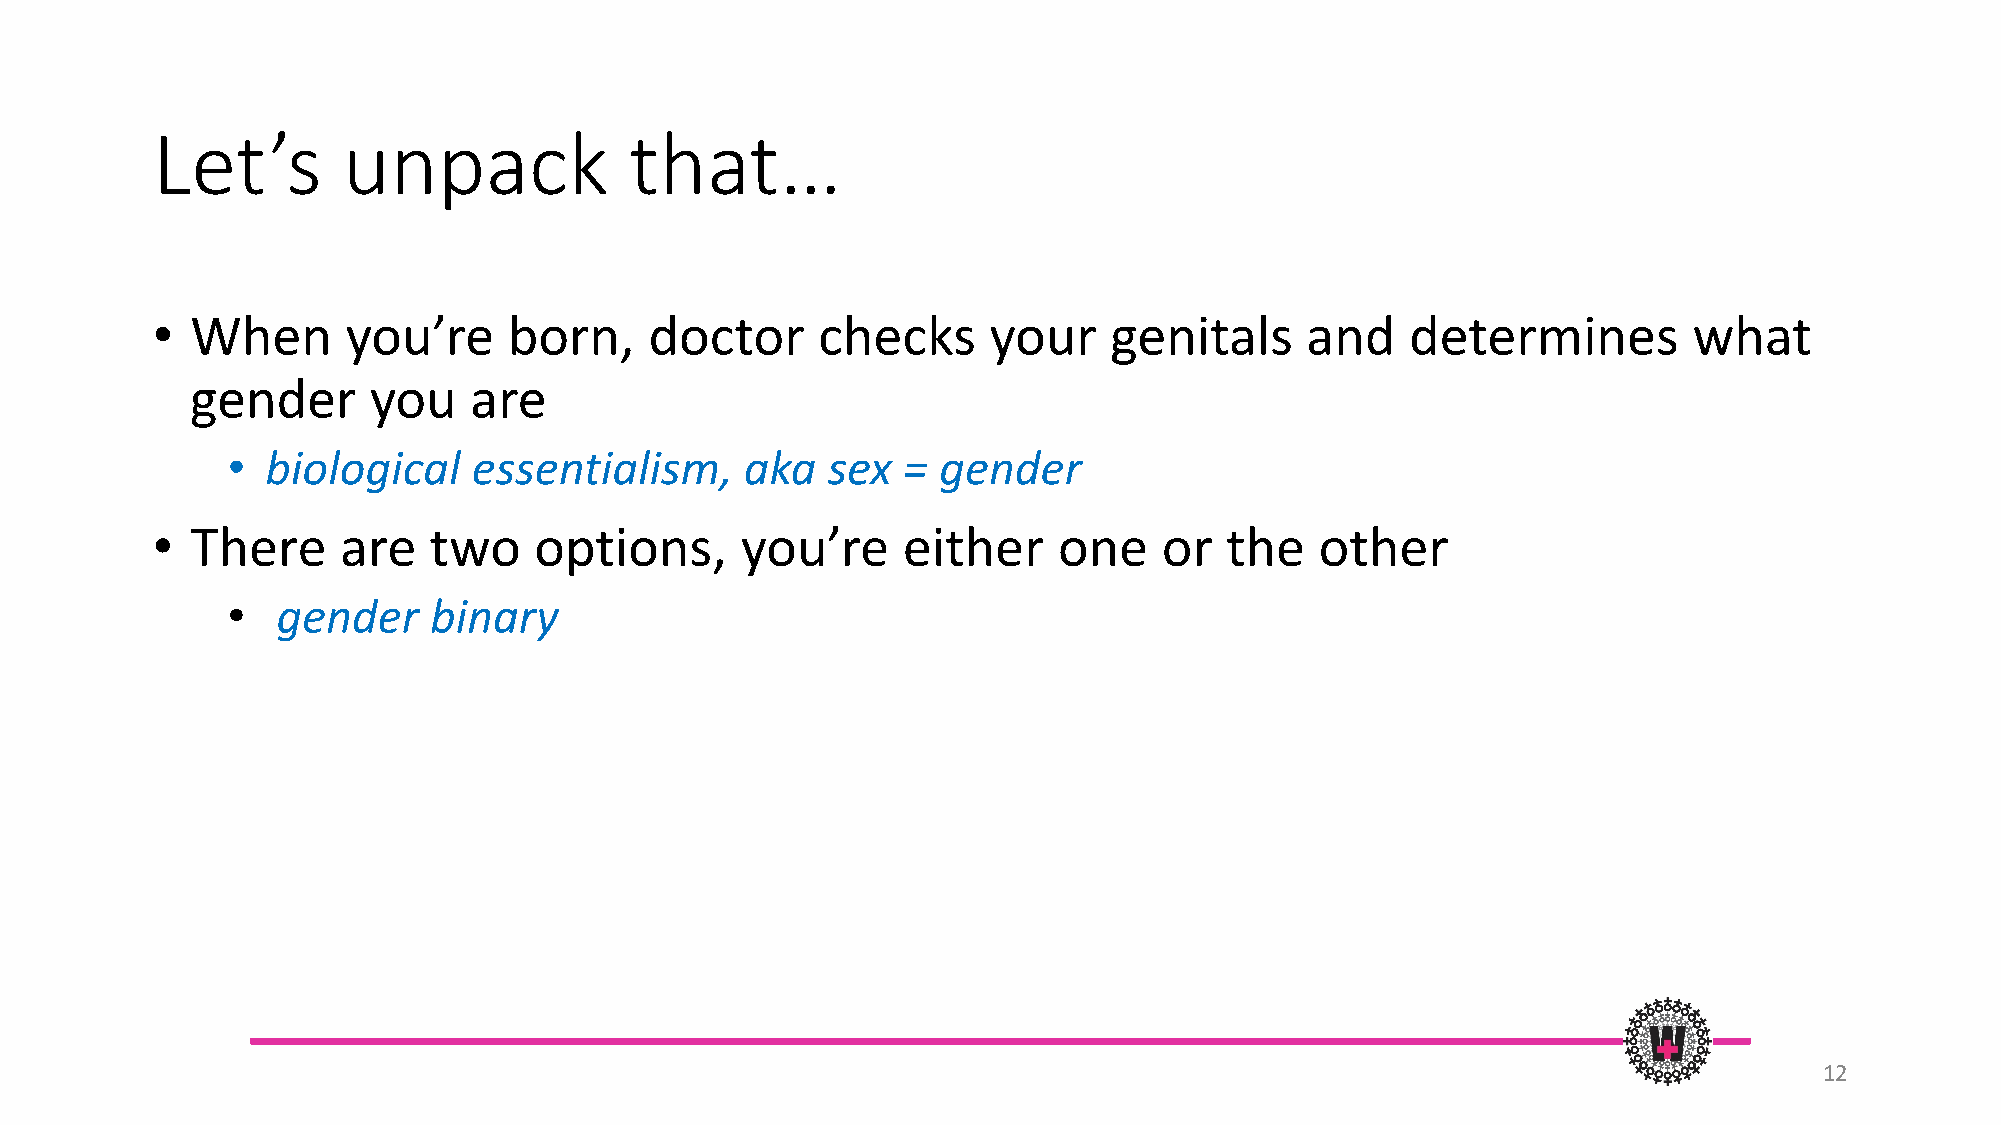
Let’s        unpack             that…
 •  When      you’re     born,    doctor     checks     your    genitals     and    determines         what
 gender     you    are
 •  biological   essentialism,     aka   sex  = gender
 •  There    are   two    options,      you’re     either    one    or  the   other
 •  gender    binary
 12